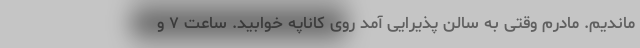
ماندیم. مادرم وقتی به سالن پذیرایی آمد روی کاناپه خوابید. ساعت ۷ و